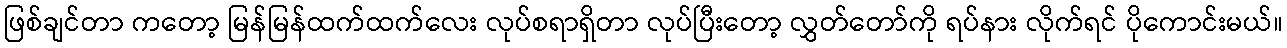
ဖြစ်ချင်တာ ကတော့ မြန်မြန်ထက်ထက်လေး လုပ်စရာရှိတာ လုပ်ပြီးတော့ လွှတ်တော်ကို ရပ်နား လိုက်ရင် ပိုကောင်းမယ်။